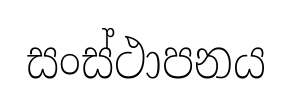
සංස්ථාපනය